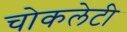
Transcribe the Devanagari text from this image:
चोकलेटी